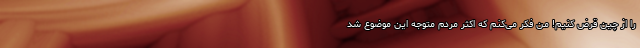
را از چین قرض کنیم! من فکر می‌کنم که اکثر مردم متوجه این موضوع شد